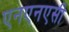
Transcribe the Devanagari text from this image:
एनएनएसी